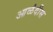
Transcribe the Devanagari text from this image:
आळंदीस